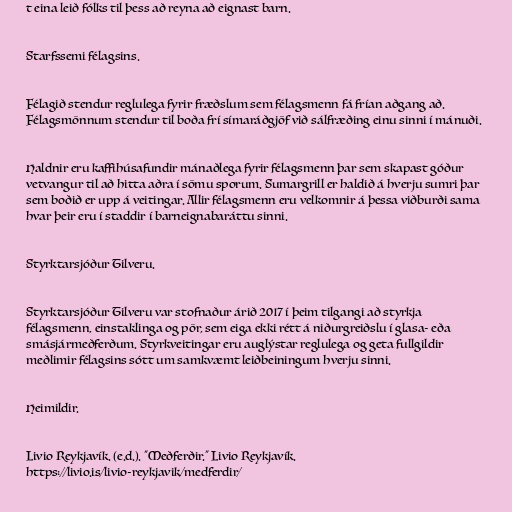
t eina leið fólks til þess að reyna að eignast barn.

Starfssemi félagsins.

Félagið stendur reglulega fyrir fræðslum sem félagsmenn fá frían aðgang að.
Félagsmönnum stendur til boða frí símaráðgjöf við sálfræðing einu sinni í mánuði.

Haldnir eru kaffihúsafundir mánaðlega fyrir félagsmenn þar sem skapast góður
vetvangur til að hitta aðra í sömu sporum. Sumargrill er haldið á hverju sumri þar
sem boðið er upp á veitingar. Allir félagsmenn eru velkomnir á þessa viðburði sama
hvar þeir eru í staddir í barneignabaráttu sinni.

Styrktarsjóður Tilveru.

Styrktarsjóður Tilveru var stofnaður árið 2017 í þeim tilgangi að styrkja
félagsmenn, einstaklinga og pör, sem eiga ekki rétt á niðurgreiðslu í glasa- eða
smásjármeðferðum. Styrkveitingar eru auglýstar reglulega og geta fullgildir
meðlimir félagsins sótt um samkvæmt leiðbeiningum hverju sinni.

Heimildir.

Livio Reykjavík. (e.d.). "Meðferðir." Livio Reykjavík.
https://livio.is/livio-reykjavik/medferdir/